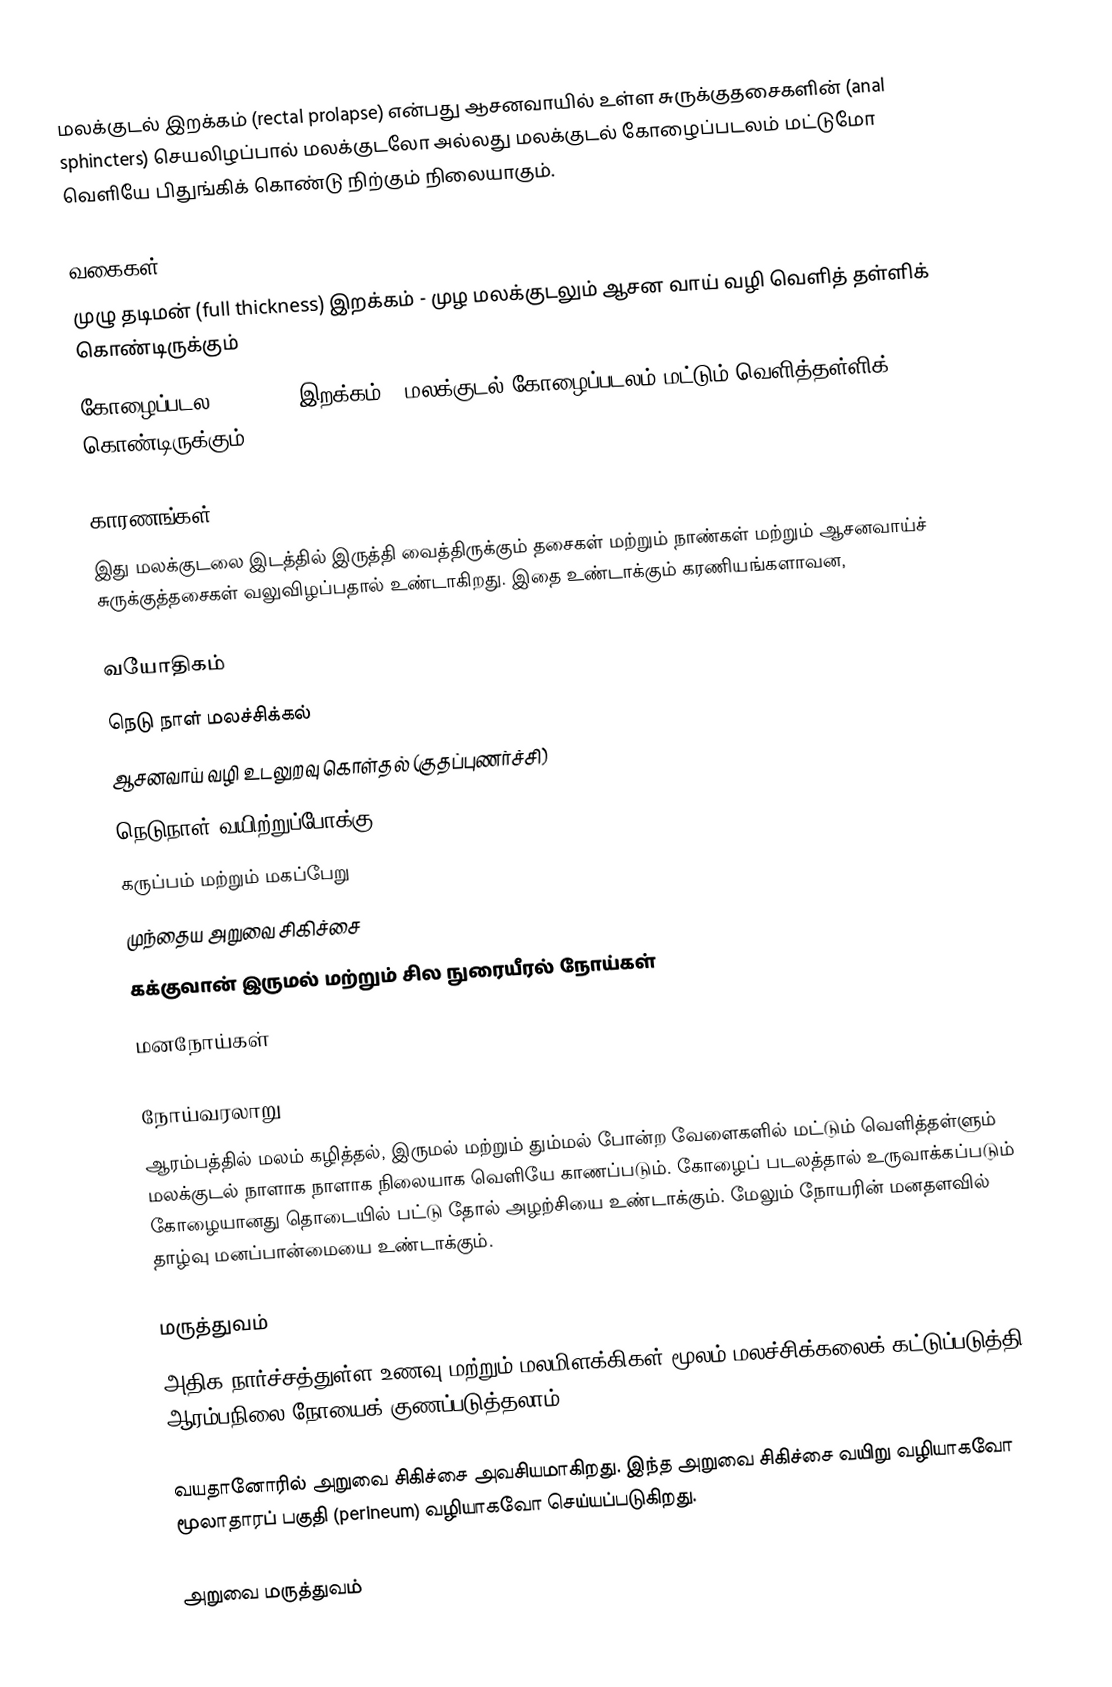
மலக்குடல் இறக்கம் (rectal prolapse)  என்பது ஆசனவாயில் உள்ள சுருக்குதசைகளின் (anal sphincters)  செயலிழப்பால் மலக்குடலோ அல்லது மலக்குடல் கோழைப்படலம் மட்டுமோ வெளியே பிதுங்கிக் கொண்டு நிற்கும் நிலையாகும்.

வகைகள்
முழு தடிமன் (full thickness) இறக்கம் - முழ மலக்குடலும் ஆசன வாய் வழி வெளித் தள்ளிக் கொண்டிருக்கும்
கோழைப்படல (mucosal)  இறக்கம் - மலக்குடல் கோழைப்படலம் மட்டும் வெளித்தள்ளிக் கொண்டிருக்கும்

காரணங்கள்
இது மலக்குடலை இடத்தில் இருத்தி வைத்திருக்கும் தசைகள் மற்றும் நாண்கள் மற்றும் ஆசனவாய்ச் சுருக்குத்தசைகள் வலுவிழப்பதால் உண்டாகிறது. இதை உண்டாக்கும் கரணியங்களாவன,

 வயோதிகம்
 நெடு நாள் மலச்சிக்கல்
 ஆசனவாய் வழி உடலுறவு கொள்தல் (குதப்புணர்ச்சி)
 நெடுநாள் வயிற்றுப்போக்கு
 கருப்பம் மற்றும் மகப்பேறு
 முந்தைய அறுவை சிகிச்சை
 கக்குவான் இருமல் மற்றும் சில நுரையீரல் நோய்கள்
 மனநோய்கள்

நோய்வரலாறு
ஆரம்பத்தில் மலம் கழித்தல், இருமல் மற்றும் தும்மல் போன்ற வேளைகளில் மட்டும் வெளித்தள்ளும் மலக்குடல் நாளாக நாளாக நிலையாக வெளியே காணப்படும். கோழைப் படலத்தால் உருவாக்கப்படும் கோழையானது தொடையில் பட்டு தோல் அழற்சியை உண்டாக்கும். மேலும் நோயரின் மனதளவில் தாழ்வு மனப்பான்மையை உண்டாக்கும்.

மருத்துவம்
அதிக நார்ச்சத்துள்ள உணவு மற்றும் மலமிளக்கிகள் மூலம் மலச்சிக்கலைக் கட்டுப்படுத்தி ஆரம்பநிலை நோயைக் குணப்படுத்தலாம்.

வயதானோரில் அறுவை சிகிச்சை அவசியமாகிறது. இந்த அறுவை சிகிச்சை வயிறு வழியாகவோ மூலாதாரப் பகுதி (perineum) வழியாகவோ செய்யப்படுகிறது.

அறுவை மருத்துவம்